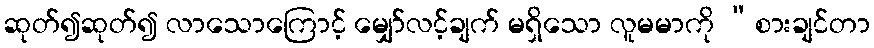
ဆုတ်၍ဆုတ်၍ လာသောကြောင့် မျှော်လင့်ချက် မရှိသော လူမမာကို “စားချင်တာ